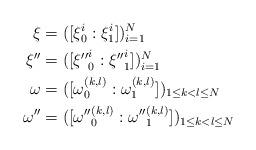
LaTeX: \begin{align*}\xi &= ([\xi_0^i: \xi_1^i])_{i=1}^N\\{\xi}'' &= ([{\xi''}_0^i : {\xi''}_1^i])_{i=1}^N\\\omega &= ([\omega_0^{(k,l)} : \omega_1^{(k,l)}])_{1 \leq k<l\leq N} \\{\omega}'' &= ([{\omega''}_0^{(k,l)} : {\omega''}_1^{(k,l)}])_{1 \leq k<l\leq N}\end{align*}